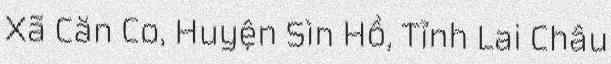
Xã Căn Co, Huyện Sìn Hồ, Tỉnh Lai Châu